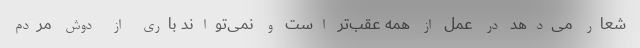
شعار می‌دهد در عمل از همه عقب‌تر است و نمی‌تواند باری از دوش مردم